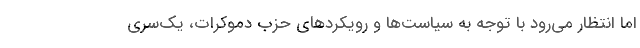
اما انتظار می‌رود با توجه به سیاست‌ها و رویکردهای حزب دموکرات، یک‌سری